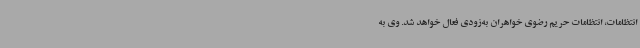
انتظامات، انتظامات حریم رضوی خواهران به‌زودی فعال خواهد شد. وی به